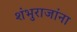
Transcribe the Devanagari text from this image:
शंभुराजांना